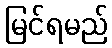
မြင်ရမည်